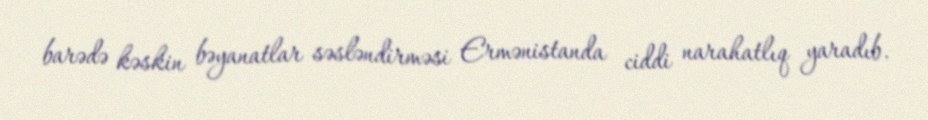
barədə kəskin bəyanatlar səsləndirməsi Ermənistanda ciddi narahatlıq yaradıb.